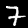
Digit: 7